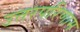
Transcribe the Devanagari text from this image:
उत्तरपरिणाम